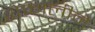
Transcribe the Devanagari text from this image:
शेफालीने